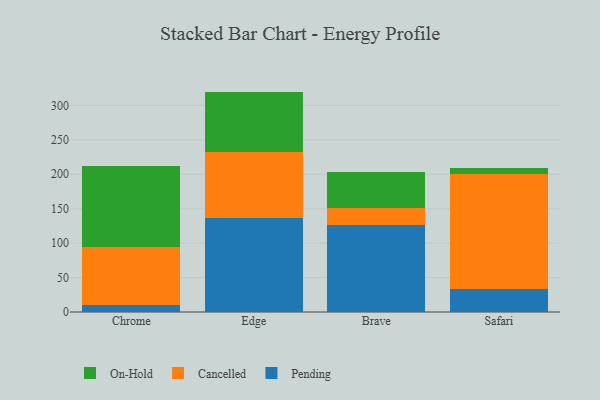
{"axis": {"x": "Browser", "y": "Website Visitors"}, "legend": ["Cancelled", "On-Hold", "Pending"], "data": [{"x": "Chrome", "y": 9.7, "type": "Pending"}, {"x": "Chrome", "y": 84.1, "type": "Cancelled"}, {"x": "Chrome", "y": 118.3, "type": "On-Hold"}, {"x": "Edge", "y": 136.4, "type": "Pending"}, {"x": "Edge", "y": 95.6, "type": "Cancelled"}, {"x": "Edge", "y": 88.1, "type": "On-Hold"}, {"x": "Brave", "y": 125.7, "type": "Pending"}, {"x": "Brave", "y": 26.0, "type": "Cancelled"}, {"x": "Brave", "y": 51.8, "type": "On-Hold"}, {"x": "Safari", "y": 33.8, "type": "Pending"}, {"x": "Safari", "y": 166.5, "type": "Cancelled"}, {"x": "Safari", "y": 9.1, "type": "On-Hold"}]}